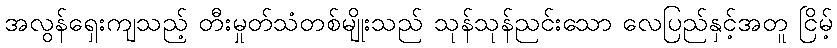
အလွန်ရှေးကျသည့် တီးမှုတ်သံတစ်မျိုးသည် သုန်သုန်ညင်းသော လေပြည်နှင့်အတူ ငြိမ့်